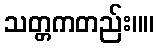
သတ္တကတည်း။။